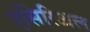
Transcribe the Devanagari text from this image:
एसिरिअल